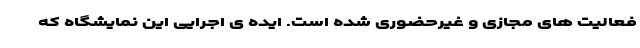
فعالیت های مجازی و غیرحضوری شده است. ایده ی اجرایی این نمایشگاه که